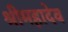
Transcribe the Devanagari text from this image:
श्रीमहादेव